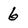
Character: 6